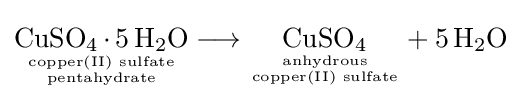
{\underset {{\text{copper(II) sulfate}} \atop {\text{pentahydrate}}}{\mathrm {CuSO} {\vphantom {A}}_{\smash[{t}]{4}}\,{\cdot }\,5\,\mathrm {H} {\vphantom {A}}_{\smash[{t}]{2}}\mathrm {O} }}\longrightarrow {\underset {{\text{anhydrous}} \atop {\text{copper(II) sulfate}}}{\mathrm {CuSO} {\vphantom {A}}_{\smash[{t}]{4}}}}+{5\,\mathrm {H} {\vphantom {A}}_{\smash[{t}]{2}}\mathrm {O} }